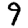
Digit: 9